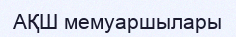
АҚШ мемуаршылары